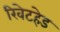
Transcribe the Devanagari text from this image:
रिवेटहेड